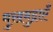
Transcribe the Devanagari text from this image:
मुखमुद्राएँ